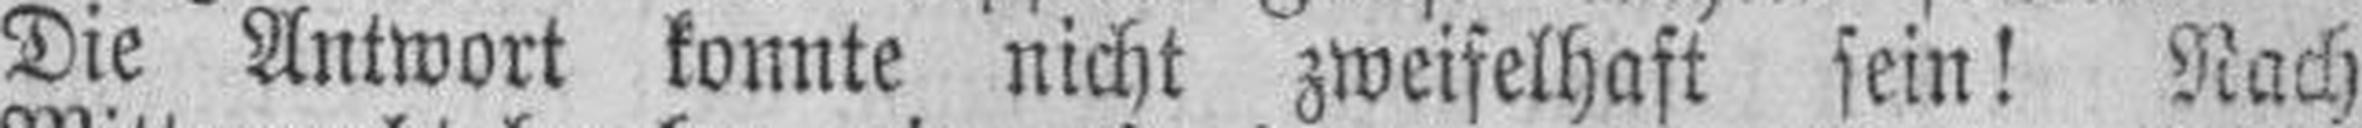
Die Antwort konnte nicht zweifelhaft sein! Nach